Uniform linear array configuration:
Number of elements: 8
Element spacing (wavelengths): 0.5
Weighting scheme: hamming
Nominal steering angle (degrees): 60
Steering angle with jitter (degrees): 59.338
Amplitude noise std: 0.05
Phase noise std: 0.05

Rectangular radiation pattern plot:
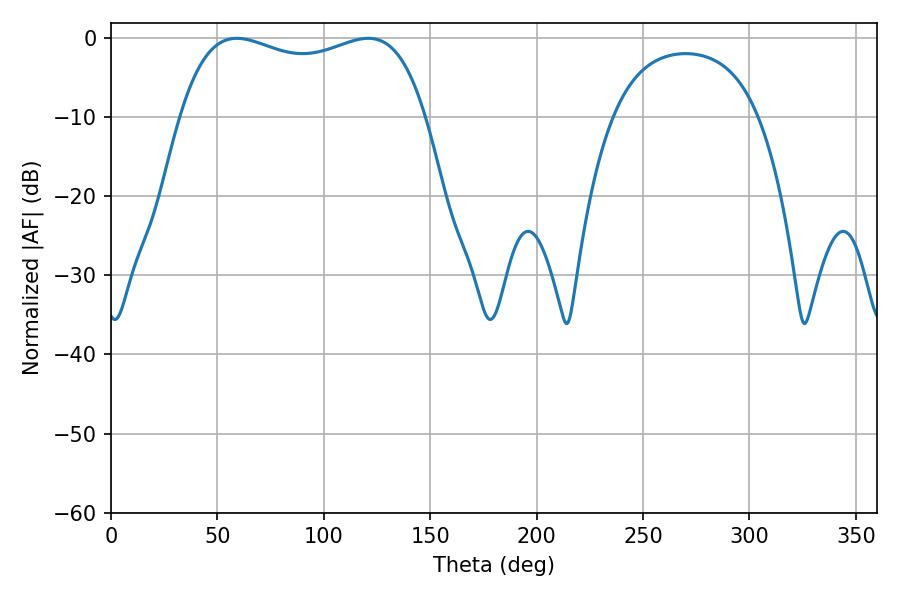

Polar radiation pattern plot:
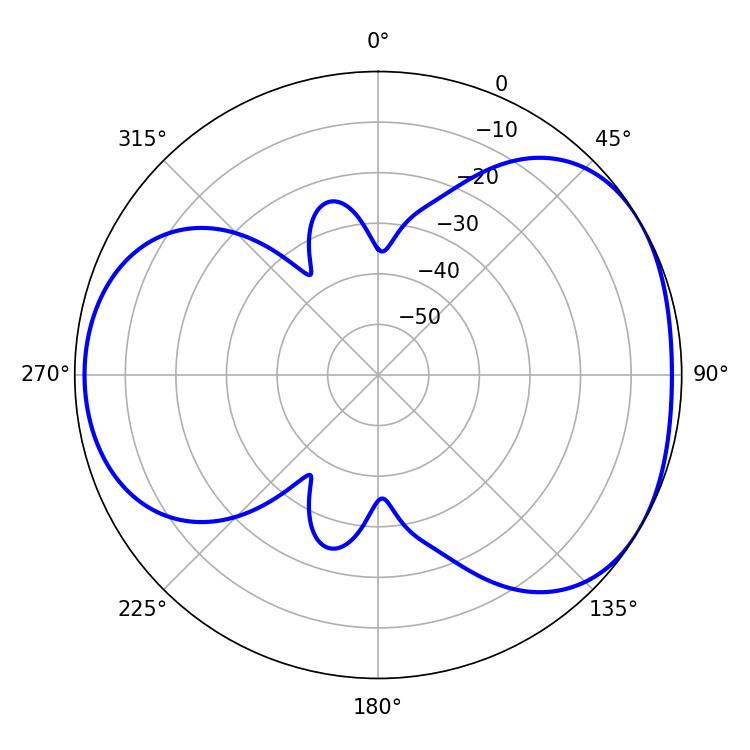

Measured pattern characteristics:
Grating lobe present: FALSE
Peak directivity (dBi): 4.257
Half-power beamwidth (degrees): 94.32
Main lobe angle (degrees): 59.04